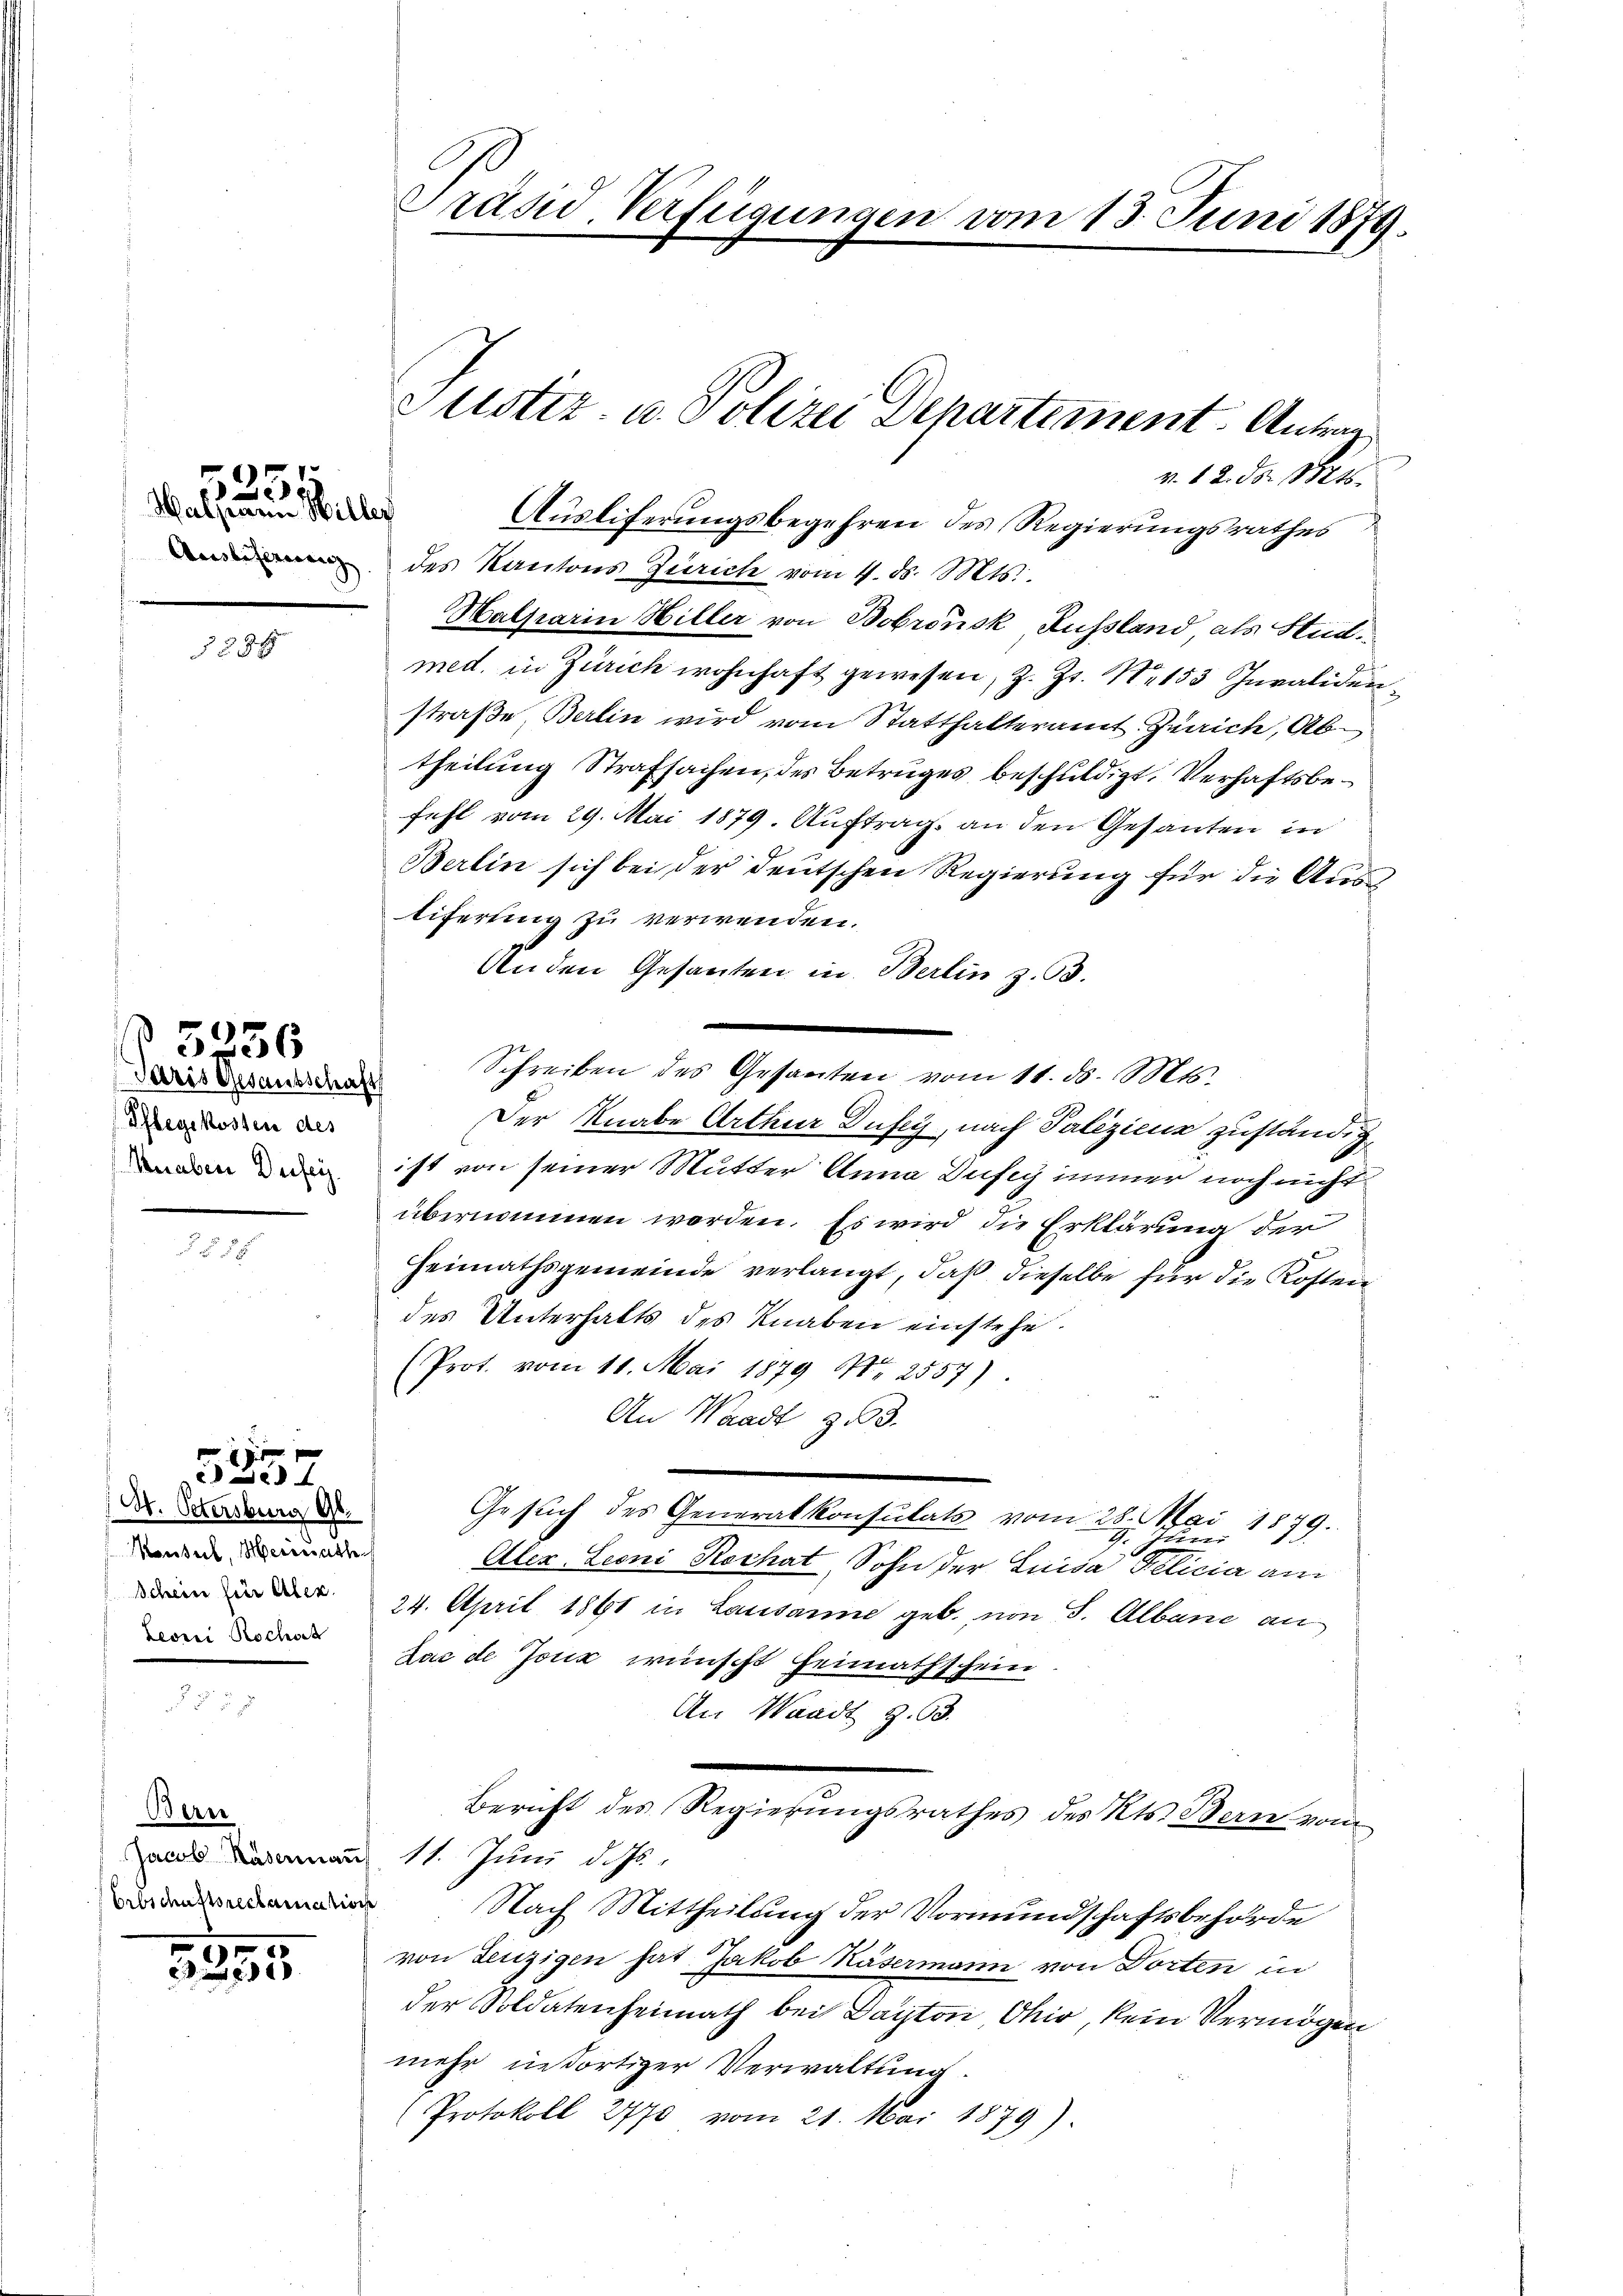
n
)
e
Walherrn Willer

3284

Pflegekosten des
Knaben Defey

§ 5256
Paris Gesantschaft

1
327

M. Petersburg Gl.
Konseil, Meinerathe
Schein für Alex.
Leori Rochach

Berne
Erbschaftsreclamation

5253

Präsid. Verfügungen vom 15. Juni 1879.

des Kantons Zürich vom 4. ds. Mts.
Mabsarin Hiller von Bobrönsk Russland als Stud
med. in Zürich wohnhaft gewesen, z. Zt. 11. 153 Invaliden
straße, Berlin wird vom Statthalteramt Zürich, Abtheilung Strafsachen, des Betruges beschuldigt. Verhaftsbefehl vom 29. Mai 1879. Auftrag an den Gesanten in
Berlin sich bei der deutschen Regierung für die Austiferung zu verwenden.
Anden Gesanten in Berlin z. 93.
Schreiben des Gesanten vom 11. ds. Mts.
Der Knabe Arthur Dufey, nach Palizienz zuständigist von seiner Mutter Anna Dufig immer noch nicht
übernommen worden. Es wird die Erklärung der
Heimathsgemeinde verlangt, daß dieselbe für die Kosten
des Unterhalts des Knaben einstehe.
(Prot. vom 11. Mai 1879 Nr. 2557).
An Waadt zu 3.
Gesuch des Generalkonsulats vom 28. Mai 1879.
Aler. Leoni Rochat, Sohn der Luisa Felicia am
24. April 1861 in Lausanne geb. von S. Albane an
Lac de Joux wünscht Heimathschein.
An Waadt z. B.
Bericht des Regierungsrathes des Kts. Bern vom
aul Ladenan 11. Juni d. Js.
Nach Mittheilung der Vormundschaftsbehörde
von Lenzigen hat. Jakob Käsermann von Dorten in
der Soldatenheimath bei Dayton Ohio, kein Vermögen
mehr in dortiger Verwaltung.
Protokoll 2770 vom 21. Mai 1879)

Justiz- u. Polizei Departement. Antrag
v. 12. ds. Bet
Ausliferungsbegehren des Regierungsrathes